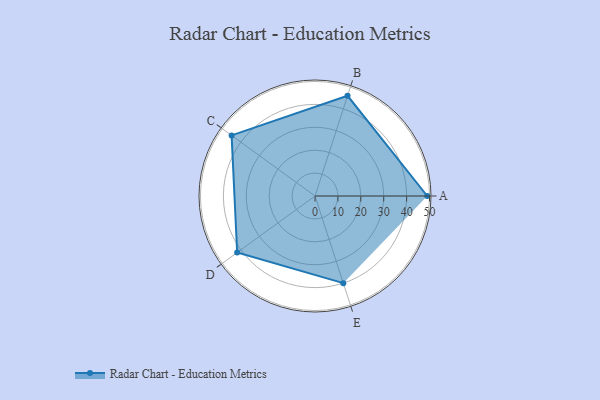
{"axis": {"x": "Skill", "y": "Score"}, "legend": ["Profile"], "data": [{"x": "A", "y": 49.0, "type": "Profile"}, {"x": "B", "y": 46.0, "type": "Profile"}, {"x": "C", "y": 45.0, "type": "Profile"}, {"x": "D", "y": 42.0, "type": "Profile"}, {"x": "E", "y": 40.0, "type": "Profile"}]}